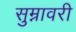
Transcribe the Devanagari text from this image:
सुम्नावरी